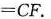
= C F$$.